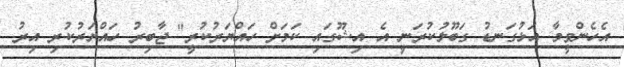
އެހެންވީމާ އަޅުގަނޑު ގަބޫލުކުރަނީ އެ އިޝޫގައި ކަމަށް ހައްޔަރުކުރީ" ޖާބިރު ހައްޔަރުކުރި އިރު